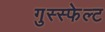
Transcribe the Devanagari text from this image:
गुस्स्फेल्ट